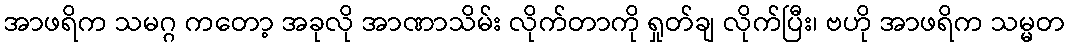
အာဖရိက သမဂ္ဂ ကတော့ အခုလို အာဏာသိမ်း လိုက်တာကို ရှုတ်ချ လိုက်ပြီး၊ ဗဟို အာဖရိက သမ္မတ